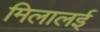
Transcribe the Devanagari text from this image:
मिलालई